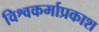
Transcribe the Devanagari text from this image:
विश्वकर्माप्रकाश